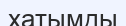
хатымды